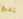
نتبع